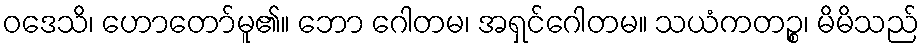
ဝဒေသိ၊ ဟောတော်မူ၏။ ဘော ဂေါတမ၊ အရှင်ဂေါတမ။ သယံကတဉ္စ၊ မိမိသည်